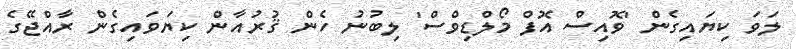
ލަވަ ކިޔައިގެން 'ވޮއިސް އޮފް މޯލްޑިވްސް' ލިބުނު ހެން ޤުރުއާން ކިޔަވައިގެން ރާއްޖޭގެ